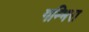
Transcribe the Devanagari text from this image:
गम्भिरा